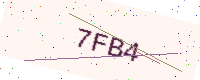
Text: 7FB4